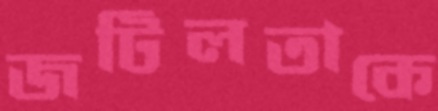
জটিলতাকে